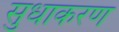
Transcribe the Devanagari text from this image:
सुधाकरण